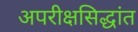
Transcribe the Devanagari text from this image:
अपरीक्षसिद्धांत